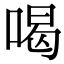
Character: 喝